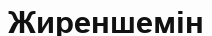
Жиреншемін